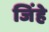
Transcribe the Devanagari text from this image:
जिंहे